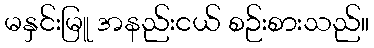
မနှင်းမြူ အနည်းငယ် စဉ်းစားသည်။